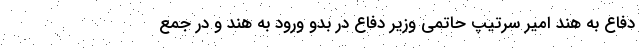
دفاع به هند امیر سرتیپ حاتمی وزیر دفاع در بدو ورود به هند و در جمع